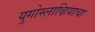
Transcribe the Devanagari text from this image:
युगोस्लाव्हियाचा